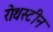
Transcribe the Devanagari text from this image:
रोथस्टीन